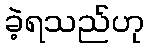
ခဲ့ရသည်ဟု